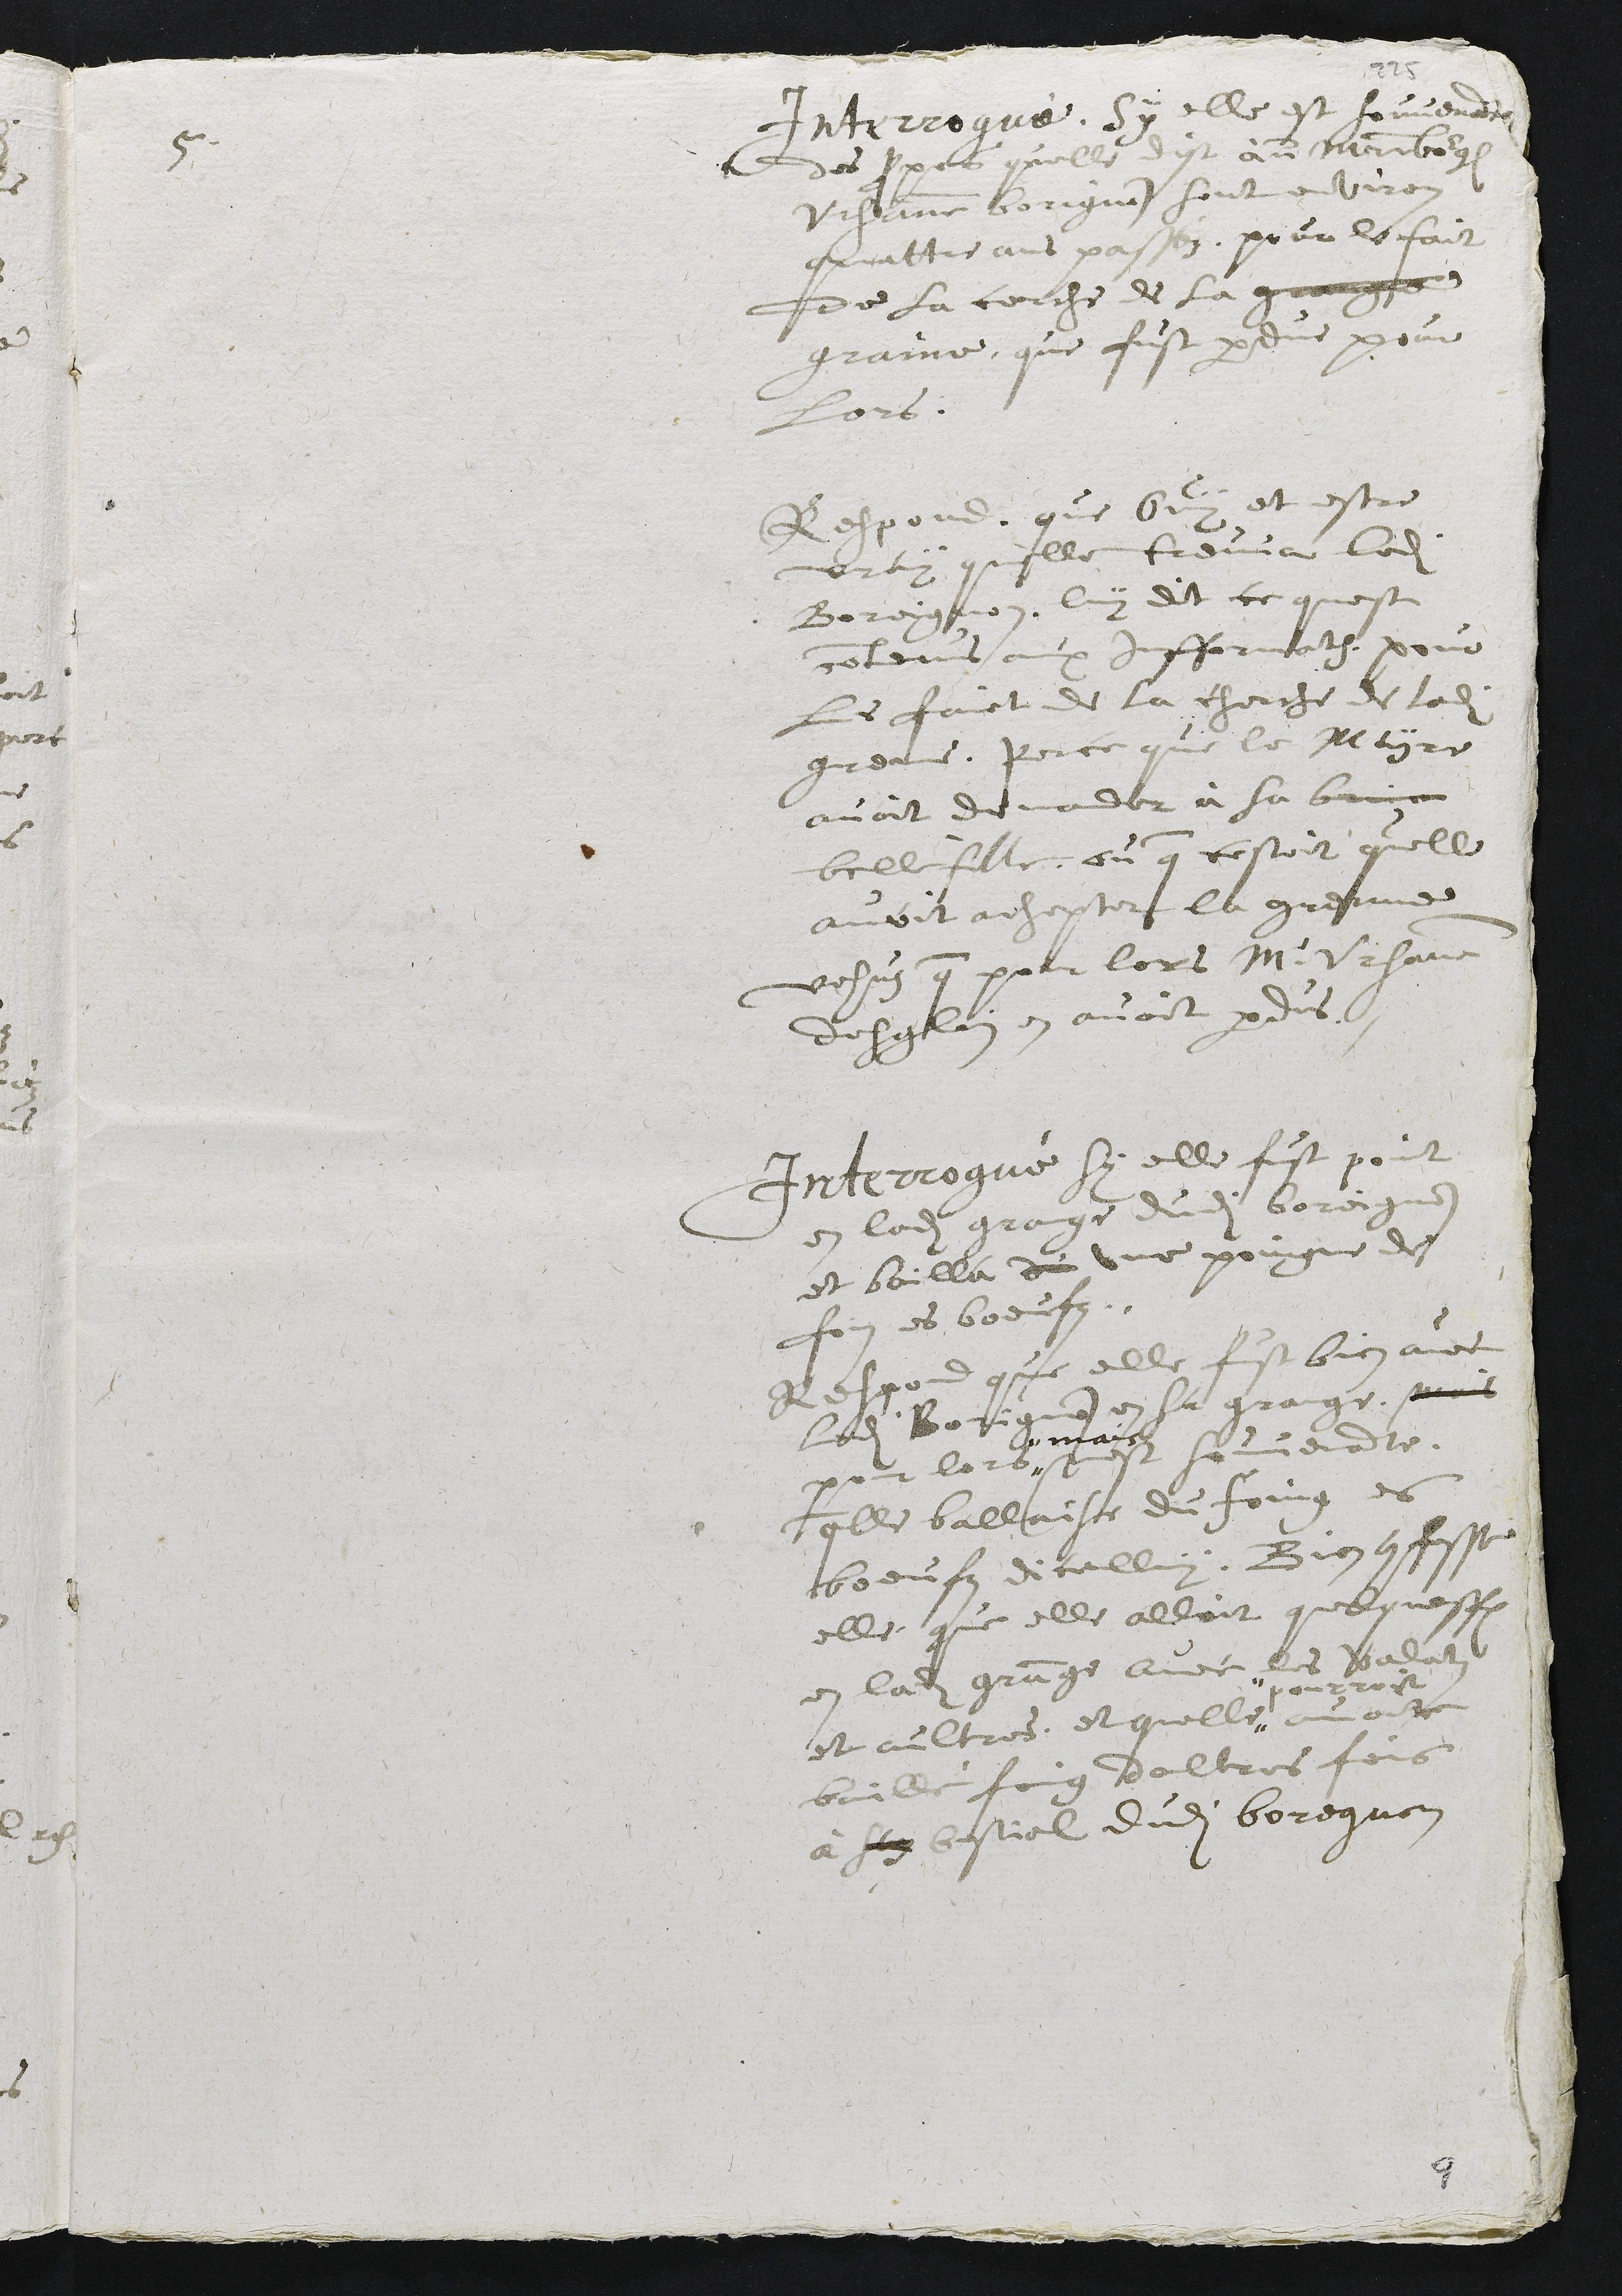
5.
Interrogué, Sy elle est souvenante
des propos quelle dist au maistre bourgeois
Ursanne borignon sont environ
quattre ans passéz, pour le fait
de la cerche de la graigne
graine, que fust perdue pour
lors.
Respond, que ouy et estre
vray quelle treuva ledit
Boreignon, luy dit ce quest
contenus aux Infformations pour
le faict de la cherche de ladite
grenne, pour ce que le meyre
avoit demander à sa bruin
belle fille, ou que cestoit quelle
avoit achepter la grenne
vehus que pour lors M. Ursanne
desglin en avoit perdus.
Interrogué sy elle fust point
en ladite grange dudi boreignon
et bailla du une poingne de
foin es boeufz..
Respond que elle fust bien avec
ledit Borignon en sa grange, mais
pour lors "
" mais
n'est souvenante,
quelle ballaisse du foing es
boeufz dicelluy. Bien confesse
elle que elle alloit quelqueffois
en ladite grange avec les valatz
et aultres, et quelle "
" pourroit
avoir
bailler foing daltres fois
à son bestial dudit boregnon